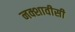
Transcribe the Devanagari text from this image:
नक्शावीसी